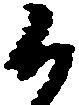
候